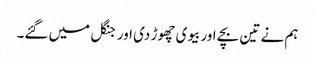
ہم نے تین بچے اور بیوی چھوڑ دی اور جنگل میں گئے۔